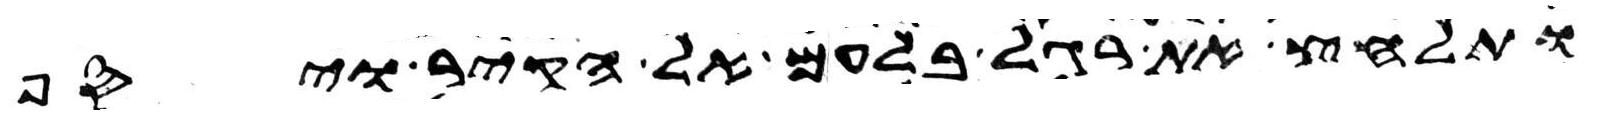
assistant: ותלחץ את רגל בלעם אל הקיר ויסף